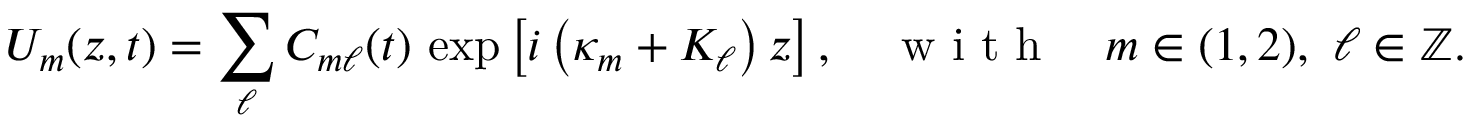
U _ { m } ( z , t ) = \sum _ { \ell } C _ { m \ell } ( t ) \, \exp \left[ i \left( \kappa _ { m } + K _ { \ell } \right) z \right] , \quad \mathrm { ~ w ~ i ~ t ~ h ~ } \quad m \in ( 1 , 2 ) , ~ \ell \in \mathbb { Z } .